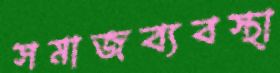
সমাজব্যবস্থা